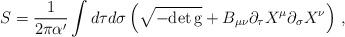
LaTeX: \begin{align*}S = \frac{1}{2\pi \alpha^\prime} \int d\tau d\sigma \left( \sqrt{-\rm{det}\, g} + B_{\mu \nu} \partial_\tau X^\mu \partial_\sigma X^\nu \right)\,,\end{align*}